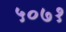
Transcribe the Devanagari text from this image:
५०७१